Aleksander_Warma, lk 16
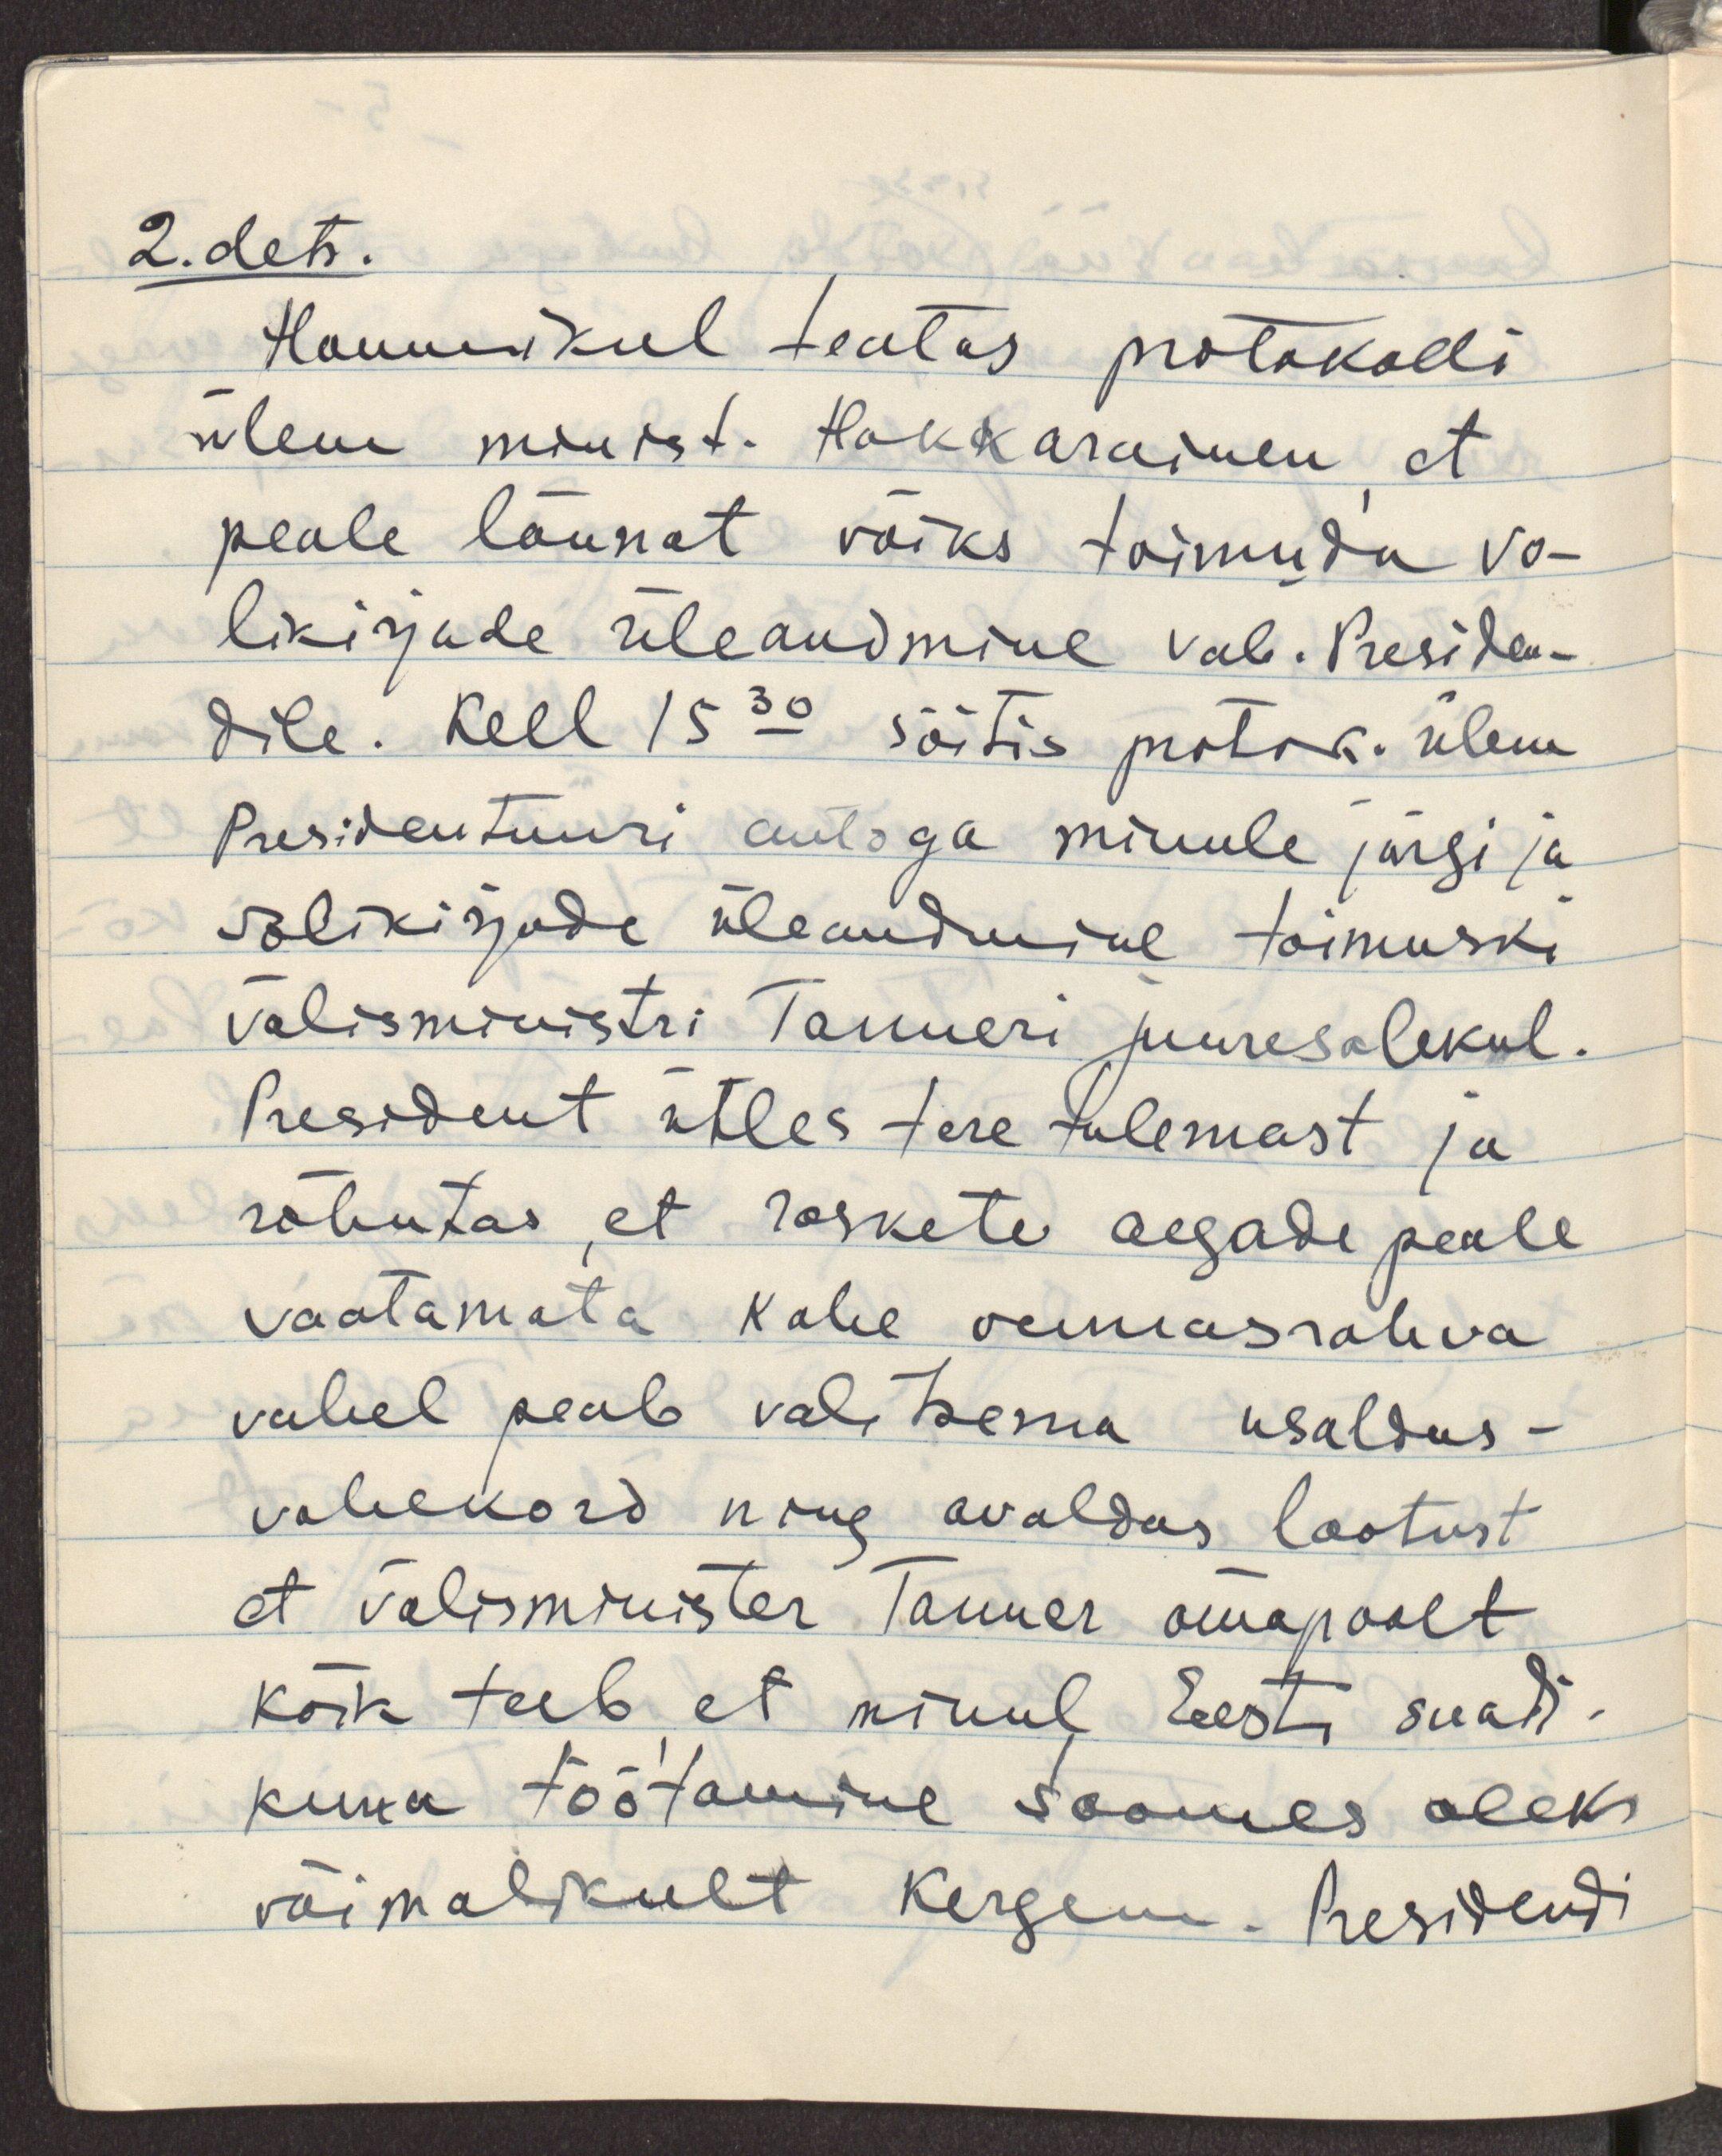
2.dets.
Hommikul teatas protokolli
ülem minist. Hakkarainen, et 
peale lõunat võiks toimuda vo-
likirjade üleandmine Vab. Presiden-
dile. Kell 15.30 sõitis protok. ülem
Presidentuuri autoga minule järgi ja
volikirjade üleandmine toimuski
välisministri Tanneri juuresolekul.
President ütles tere tulemast ja
rõhutas, et raskete aegade peale 
vaatamata kahe vennasrahva
vahel peab valitsema usaldus-
vahekord ning avaldas lootust
et välisminister Tanner omapoolt
kõik teeb, et minul Eesti saadi-
kuna töötamine Soomes oleks 
võimalikult kergem. Presidendi